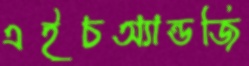
এইচঅ্যান্ডজি